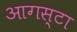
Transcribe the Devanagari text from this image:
आगस्टा